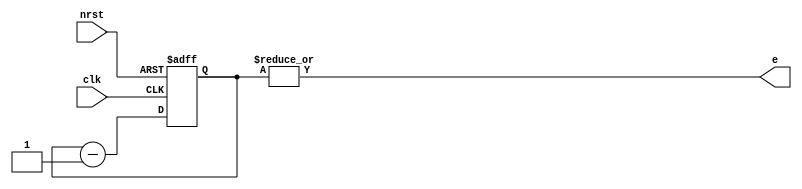
/******************************************************************************
 * Package Module Name	: Elliptic Curve Cryptoprocessor for GF(2^233)
 * Date of Creation		: 3/Apr/2008
 * Type	of file			: Verilog source code
 * Synopsis			    : counts down from 233 to 0. When 0 is reached e is
 *                        set to indicate count is done.
 ******************************************************************************/

`ifndef __COUNTER_V__
`define __COUNTER_V__

`define KEYSIZE         32
`define KEYMSB         	31 

/*---------------------------------------------------------------------------
* Module Name	: counter
* Synopsis		: 
* The counter will start from 233 and go downto 0.
* Load counter with nrst low.
* Counter ends when e goes low for one clock cycle.
---------------------------------------------------------------------------*/
module counter (clk, nrst, e);
input wire clk;            /* clock used for the counter */
input wire nrst;           /* active low reset */
output wire e;             /* set to 0 if count = 0 */

reg [7:0] count;           /* ...and the register which actually decrements */

/* activate e when count reaches 0 */
assign e = |count;

always @(posedge clk or negedge nrst) begin
	if(nrst == 1'b0)
		count <= 8'd`KEYMSB;
	else
		count <= count - 1'b1;
end



endmodule
`endif